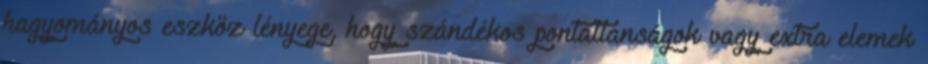
hagyományos eszköz lényege, hogy szándékos pontatlanságok vagy extra elemek